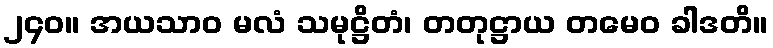
၂၄၀။ အယသာဝ မလံ သမုဋ္ဌိတံ၊ တတုဋ္ဌာယ တမေဝ ခါဒတိ။